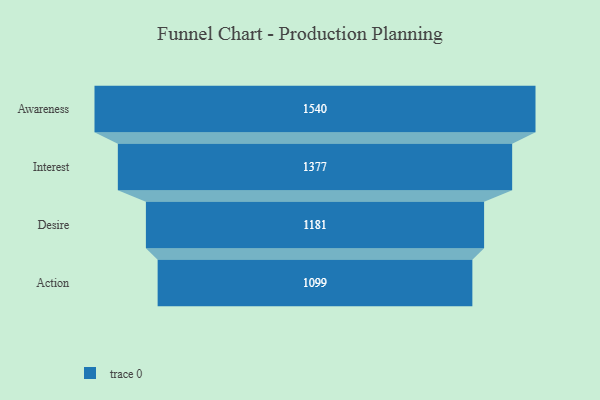
{"axis": {"x": "Stage", "y": "Value"}, "legend": [""], "data": [{"x": "Awareness", "y": 1540.0, "type": ""}, {"x": "Interest", "y": 1377.0, "type": ""}, {"x": "Desire", "y": 1181.0, "type": ""}, {"x": "Action", "y": 1099.0, "type": ""}]}